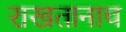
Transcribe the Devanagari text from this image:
राखतानाच